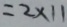
= 2 \times 1 1